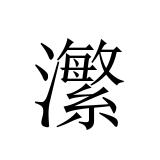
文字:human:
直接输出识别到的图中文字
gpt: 瀿